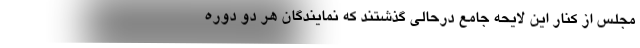
مجلس از کنار این لایحه جامع درحالی گذشتند که نمایندگان هر دو دوره